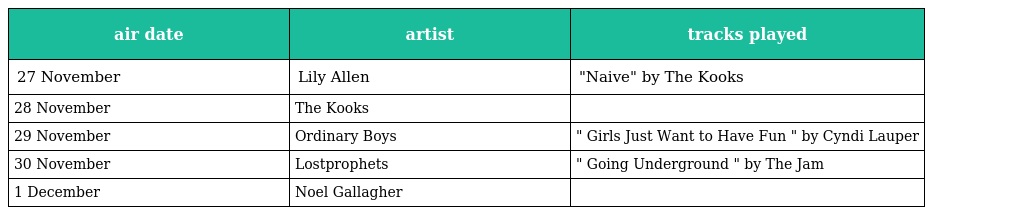
| air date | artist | tracks played |
 | --- | --- | --- |
 | 27 November | Lily Allen | "Naive" by The Kooks |
 | 28 November | The Kooks |  |
 | 29 November | Ordinary Boys | " Girls Just Want to Have Fun " by Cyndi Lauper |
 | 30 November | Lostprophets | " Going Underground " by The Jam |
 | 1 December | Noel Gallagher |  |